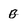
Character: b